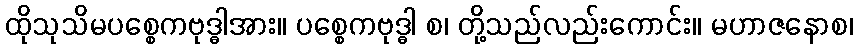
ထိုသုသိမပစ္စေကဗုဒ္ဓါအား။ ပစ္စေကဗုဒ္ဓါ စ၊ တို့သည်လည်းကောင်း။ မဟာဇနောစ၊